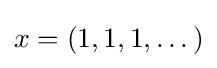
x=\left(1,1,1,\dots \right)